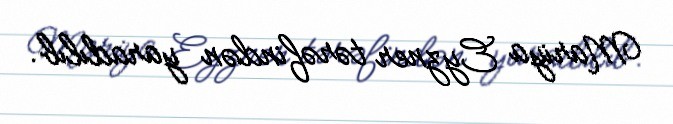
Mariya Eyzner tərəfindən yaradılıb.